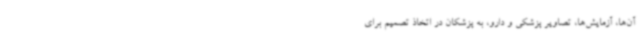
آن‌ها، آزمایش‌ها، تصاویر پزشکی و دارو، به پزشکان در اتخاذ تصمیم برای